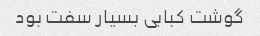
گوشت کبابی بسیار سفت بود